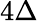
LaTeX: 4\Delta